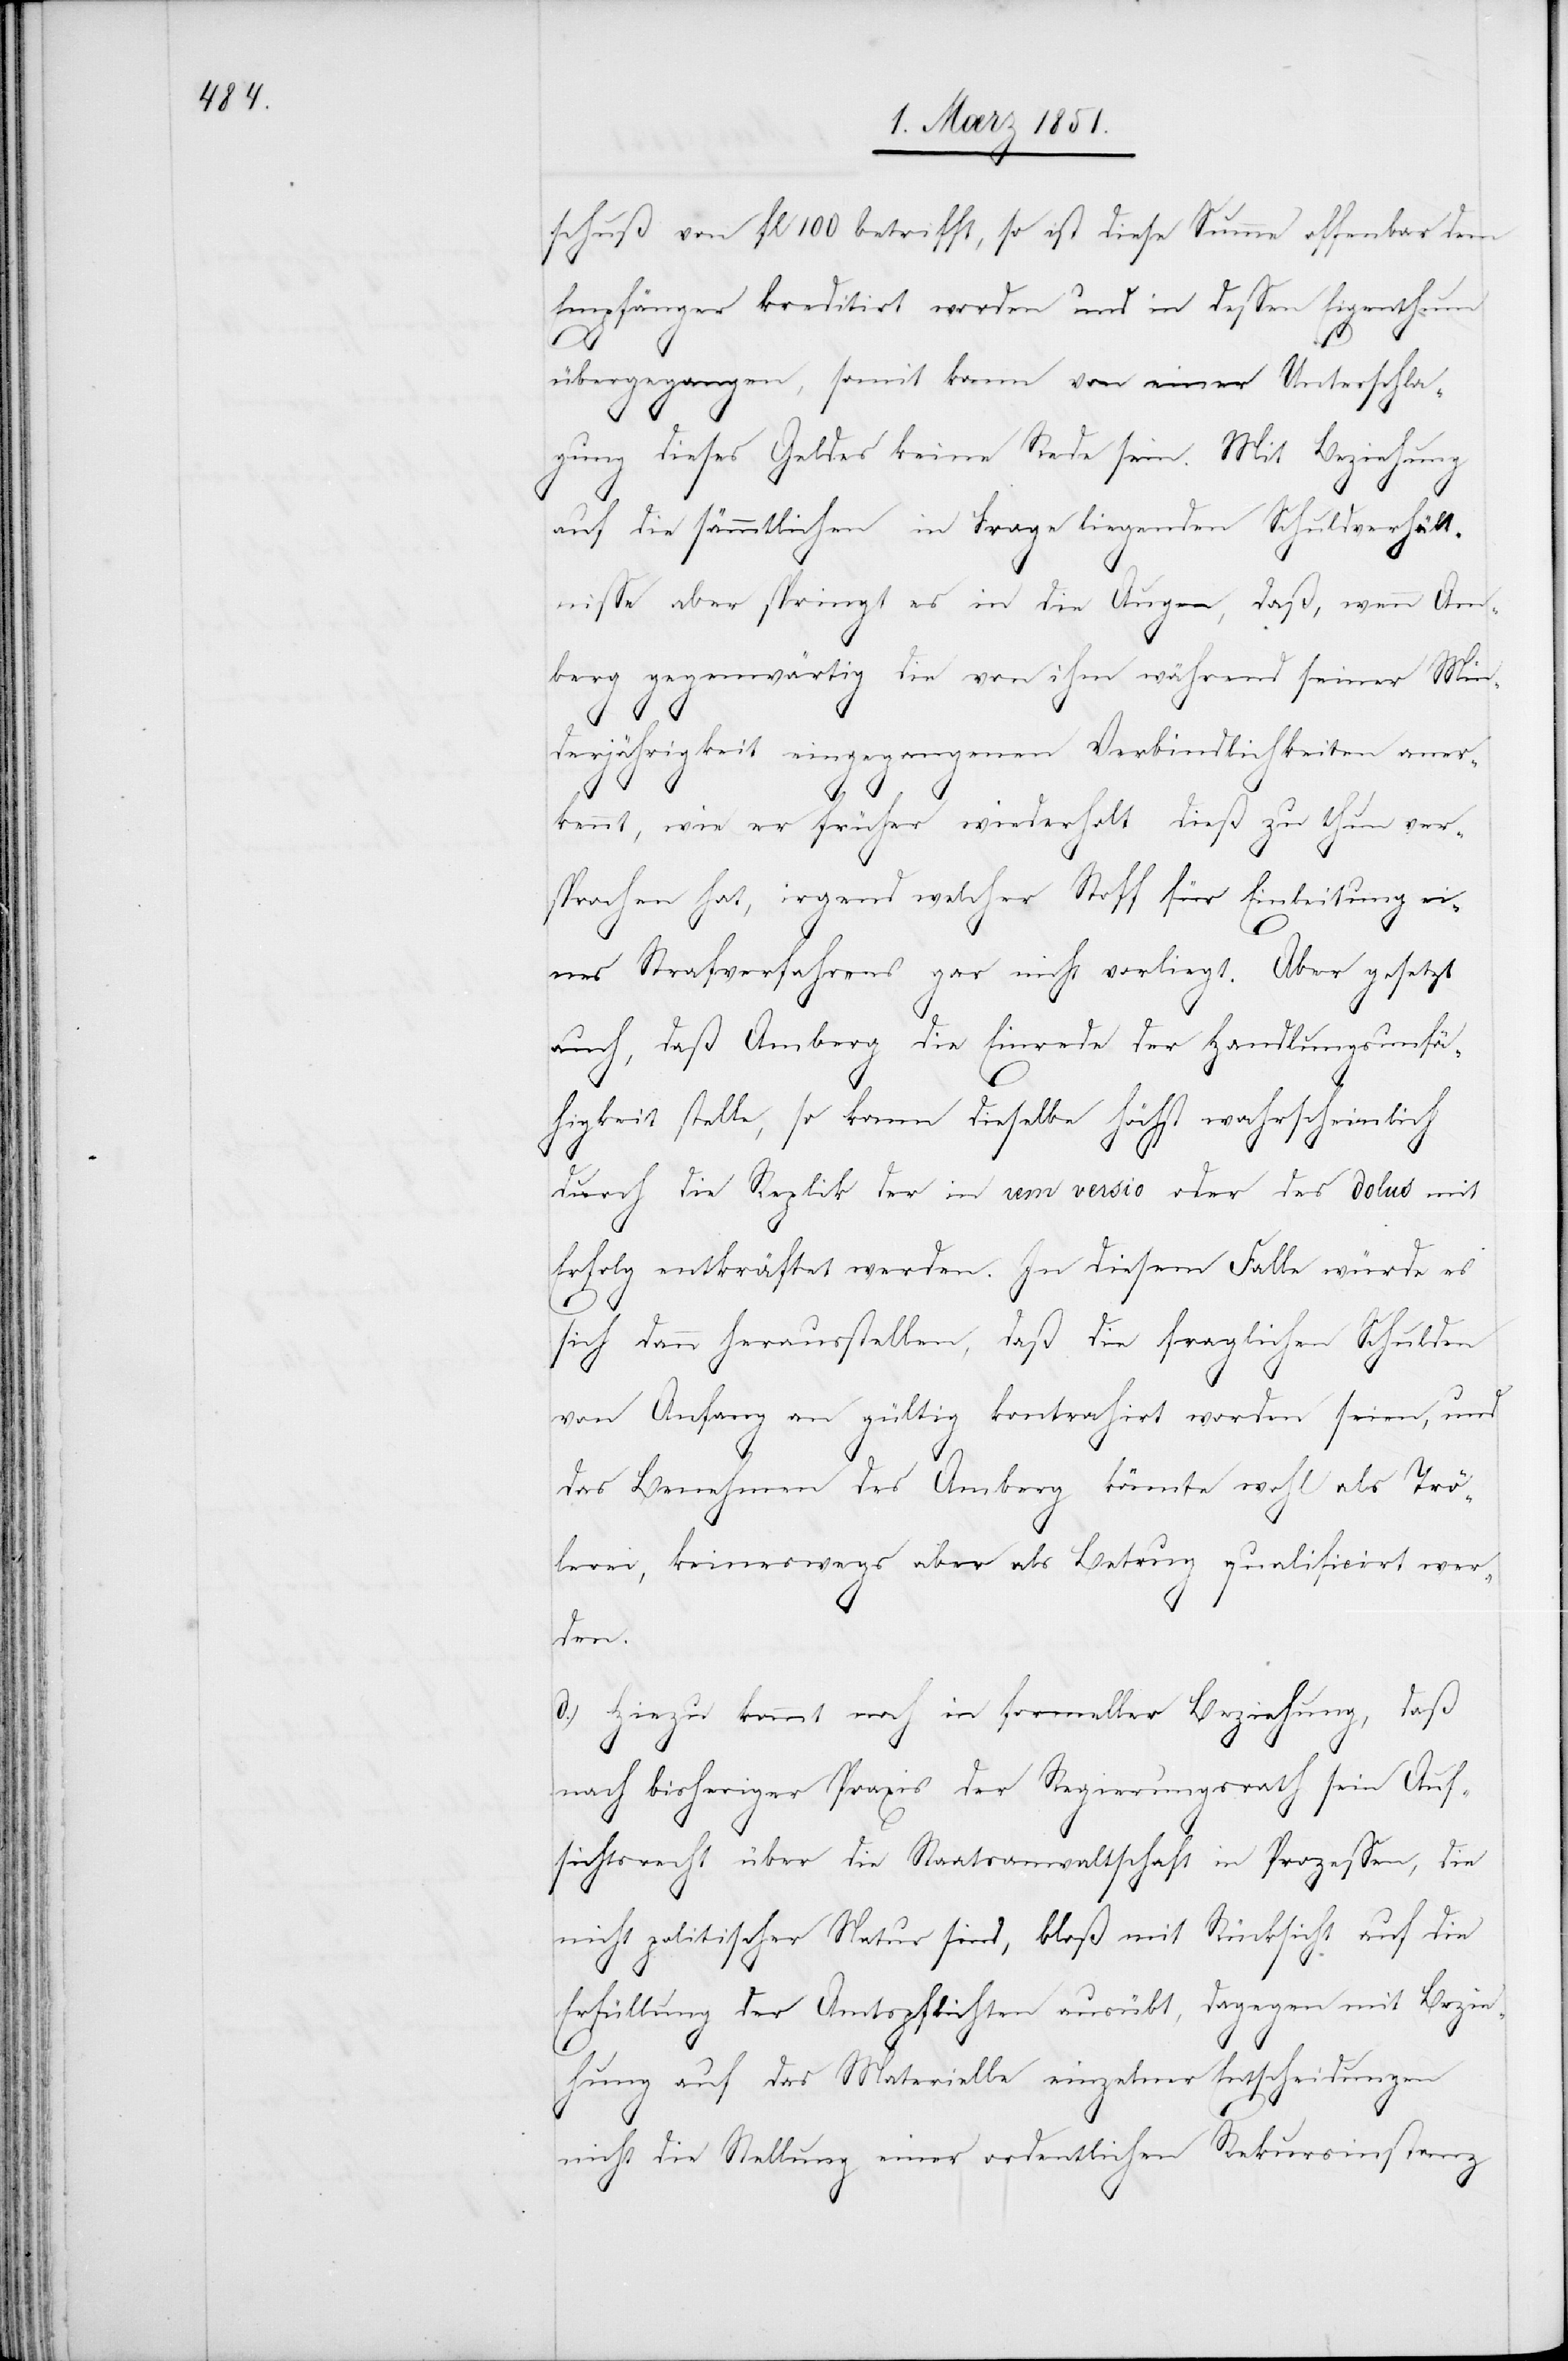
schuß von fl 100 betrifft, so ist diese Summe offenbar dem
Empfänger kreditirt worden und in dessen Eigenthum
übergegangen, somit kann von einer Unterschla¬
gung dieses Geldes keine Rede sein. Mit Beziehung
auf die sämmtlichen in Frage liegenden Schuldverhält¬
nisse aber springt es in die Augen, daß, wenn Am¬
berg gegenwärtig die von ihm während seiner Min¬
derjährigkeit eingegangenen Verbindlichkeiten aner¬
kennt, wie er früher wiederholt dieß zu thun ver¬
sprochen hat, irgend welcher Stoff für Einleitung ein¬
es Strafverfahrens gar nicht vorliegt. Aber gesetzt
auch, daß Amberg die Einrede der Handlungsunfä¬
higkeit stelle, so kann dieselbe höchst wahrscheinlich
durch die Replik der in rem versio oder des dolus mit
Erfolg entkräftet werden. In diesem Falle würde es
sich dann herausstellen, daß die fraglichen Schulden
von Anfang an gültig kontrahirt worden seien, und
das Benehmen des Amberg könnte wohl als Trö¬
lerei, keineswegs aber als Betrug qualificirt wer¬
den.
d.) Hiezu kommt noch in formeller Beziehung, daß
nach bisheriger Praxis der Regierungsrath sein Auf¬
sichtsrecht über die Staatsanwaltschaft in Prozessen, die
nicht politischer Natur sind, bloß mit Rücksicht auf die
Erfüllung der Amtspflichten ausübt, dagegen mit Bezie¬
hung auf das Materielle einzelner Entscheidungen
nicht die Stellung einer ordentlichen Rekursinstanz